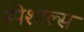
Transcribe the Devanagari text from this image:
स्पेशाल्स